Indian journal of veterinary science and animal husbandry - Volume 7,
Year: 1937
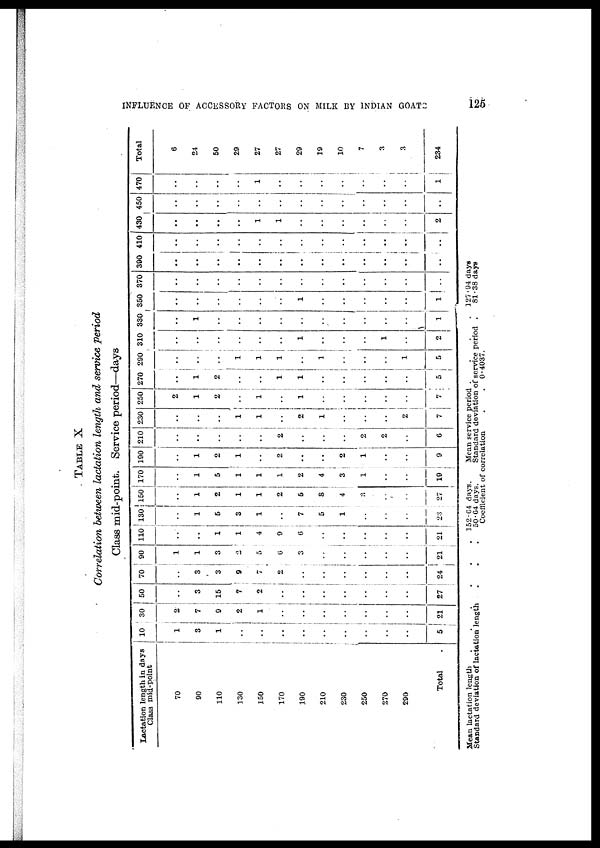
INFLUENCE OF ACCESSORY FACTORS ON MILK BY INDIAN GOATS
125
TABLE X
Correlation betioeen lactation length and service period
Class mid-point. Service period—days
Lactation length in days
Class mid-point
70
90
110
130
150
170
190
210
230
250
270
290
Total .
10
1
3
1
..
..
..
..
..
..
..
..
..
5
30
2
7
9
2
1
..
..
..
..
..
..
..
21
50
..
3
15
7
2
..
..
..
..
..
..
..
27
70
..
3
3
9
7
2
..
..
..
..
..
..
24
90
..
1
3
2
5
6
3
..
..
..
..
..
21
110
..
..
1
1
4
9
6
..
..
..
..
..
21
130
..
1
6
3
1
..
7
5
1
..
..
..
23
150
..
1
2
1
1
2
5
8
4
3
..
..
27
170
..
1
5
1
1
1
2
4
3
1
..
..
19
190
..
1
2
1
..
2
..
..
2
1
..
..
9
210
..
..
..
..
..
2
..
..
..
2
2
..
6
230
..
..
..
1
1
..
2
1
..
..
..
2
7
250
2
1
2
..
1
..
1
..
..
..
..
..
7
270
..
1
2
..
..
1
1
..
..
..
..
..
5
290
..
..
..
1
..
1
..
1
..
..
..
1
5
310
..
..
..
..
..
..
1
..
..
..
1
..
2
330
..
1
..
..
..
..
..
..
..
..
..
..
1
350
..
..
..
..
..
..
1
..
..
..
..
..
1
370
..
..
..
..
..
..
..
..
..
..
..
..
..
390
..
..
..
..
..
..
..
..
..
..
..
..
..
410
..
..
..
..
..
..
..
..
..
..
..
..
..
430
..
..
..
..
1
1
..
..
..
..
..
..
2
450
..
..
..
..
..
..
..
..
..
..
..
..
..
470
..
..
..
..
1
..
..
..
..
..
..
..
1
Total
6
24
50
29
27
27
29
19
10
7
3
3
234
Mean lactation length . . . . . .
Standard deviation of lactation length . . .
152.64 days.
50.64 days.
Mean service period .. ..
Standard deviation of service period .
127.94 days
81.38 days
Coefficient of correlation
.
.
0.4037.